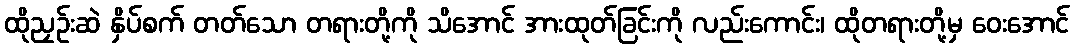
ထိုညှဉ်းဆဲ နှိပ်စက် တတ်သော တရားတို့ကို သိအောင် အားထုတ်ခြင်းကို လည်းကောင်း၊ ထိုတရားတို့မှ ဝေးအောင်